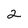
Character: 2